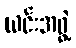
ယင်းအဖွဲ့